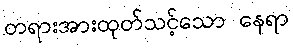
တရားအားထုတ်သင့်သော နေရာ